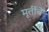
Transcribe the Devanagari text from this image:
मूर्तीचेे